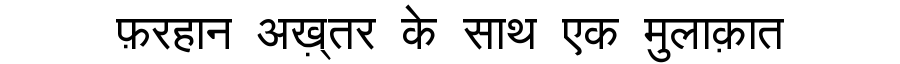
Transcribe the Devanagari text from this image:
फ़रहान अख़्तर के साथ एक मुलाक़ात